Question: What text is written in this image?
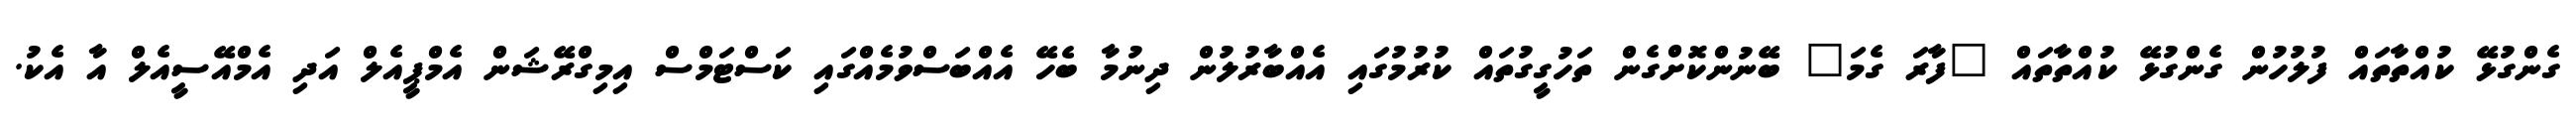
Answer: ގެންގުޅޭ ކުއްތާތައް ފުލުހުން ގެންގުޅޭ ކުއްތާތައް "ފާރަ ގެމަ" ބޭނުންކޮށްގެން ތަހުގީގުތައް ކުރުމުގައި އެއްބާރުލުން ދިނުމާ ބެހޭ އެއްބަސްވުމެއްގައި ކަސްޓަމްސް އިމިގްރޭޝަން އެމްޕީއެލް އަދި އެމްއޭސީއެލް އާ އެކު.